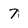
Character: 7